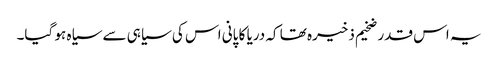
یہ اس قدر ضخیم ذخیرہ تھا کہ دریا کا پانی اس کی سیاہی سے سیاہ ہو گیا۔